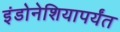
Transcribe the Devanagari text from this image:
इंडोनेशियापर्यंत